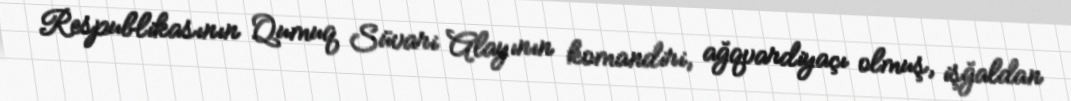
Respublikasının Qumuq Süvari Alayının komandiri, ağqvardiyaçı olmuş, işğaldan